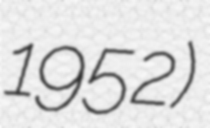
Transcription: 1952)